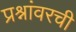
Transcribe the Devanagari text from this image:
प्रश्नांवरची